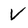
Character: V